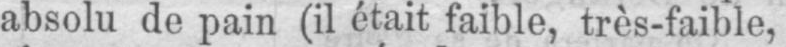
absolu de pain (il était faible, très-faible,